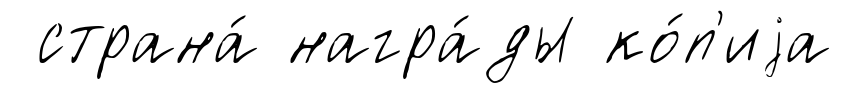
страна́ награ́ды ко́п'иjа